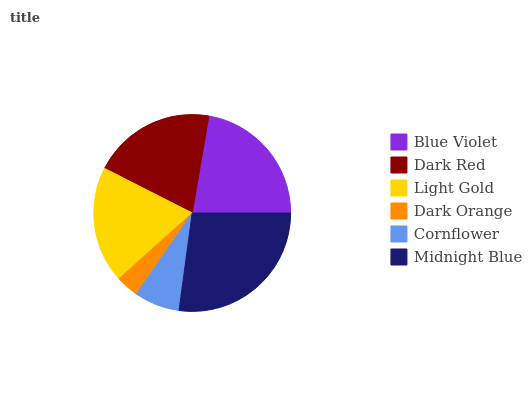
| Blue Violet | Dark Red | Light Gold | Dark Orange | Cornflower | Midnight Blue |
 | --- | --- | --- | --- | --- | --- |
 | 22.3% | 20.2% | 19.1% | 3.75% | 7.46% | 27.2% |